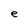
Character: e